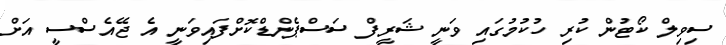
ސިވިލް ކޯޓުން ކުރި ހުކުމުގައި ވަނީ ޝަރީފް ސަސްޕެންޑްކޮށްފައިވަނީ އެ ޖޭއެސްސީ އަށް